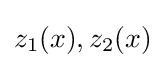
z_{1}(x),z_{2}(x)